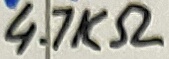
Text: 4.7KΩ